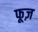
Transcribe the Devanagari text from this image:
फूज़